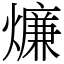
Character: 燫